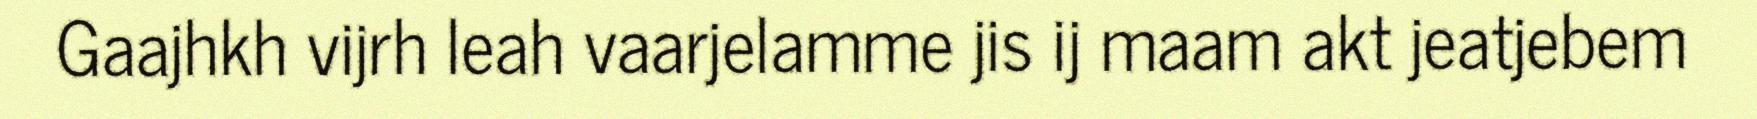
Gaajhkh vijrh leah vaarjelamme jis ij maam akt jeatjebem